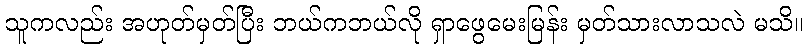
သူကလည်း အဟုတ်မှတ်ပြီး ဘယ်ကဘယ်လို ရှာဖွေမေးမြန်း မှတ်သားလာသလဲ မသိ။